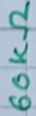
Text: 60KΩ